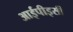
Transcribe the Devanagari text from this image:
आईपीइसी